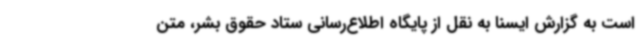
است به گزارش ایسنا به نقل از پایگاه اطلاع‌رسانی ستاد حقوق بشر، متن